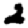
Digit: 2